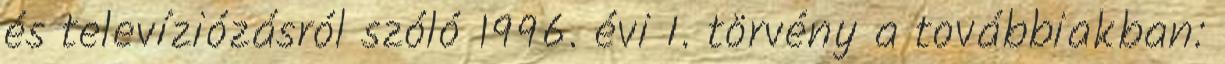
és televíziózásról szóló 1996. évi I. törvény a továbbiakban: